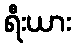
ရီးယား